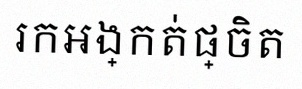
រកអង្កត់ផ្ចិត